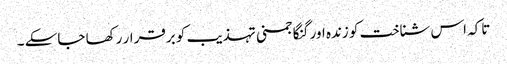
تاکہ اس شناخت کو زندہ اور گنگا جمنی تہذیب کو برقرار رکھا جاسکے ۔